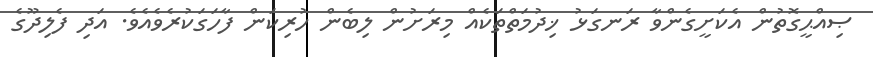
ޞިއްޙީގޮތުން އެކަށީގެންވާ ރަނގަޅު ޚިދުމަތްތަކެއް މިރަށުން ލިބެން ހުރިކަން ފާހަގަކުރެވެއެވެ. އަދި ފެލިދޫގެ